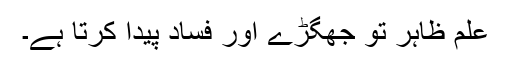
علمِ ظاہر تو جھگڑے اور فساد پیدا کرتا ہے۔